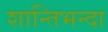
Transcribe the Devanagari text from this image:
शान्तिभन्दा